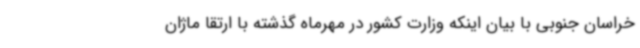
خراسان جنوبی با بیان اینکه وزارت کشور در مهرماه گذشته با ارتقا ماژان